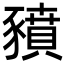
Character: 豶